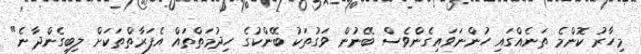
މިހާރު ކޮންމެ ތަނެއްގައި ހުންނަވައިގެންވެސް ބޭނުން ވަގުތަކު ބޭންކުގެ ހިދުމަތްތައް އެފަރާތްތަކަށް ލިބިގެންދާނެ"